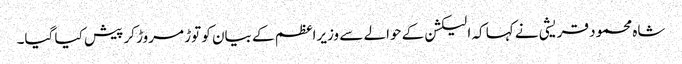
شاہ محمود قریشی نے کہا کہ الیکشن کے حوالے سے وزیراعظم کے بیان کو توڑ مروڑ کر پیش کیا گیا۔